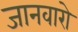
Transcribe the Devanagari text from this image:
जानवारो